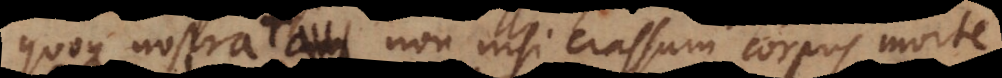
quoque nostra non nisi crassum corpus morte